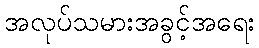
အလုပ်သမားအခွင့်အရေး